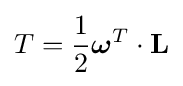
T={\frac {1}{2}}{\boldsymbol {\omega }}^{T}\cdot \mathbf {L}